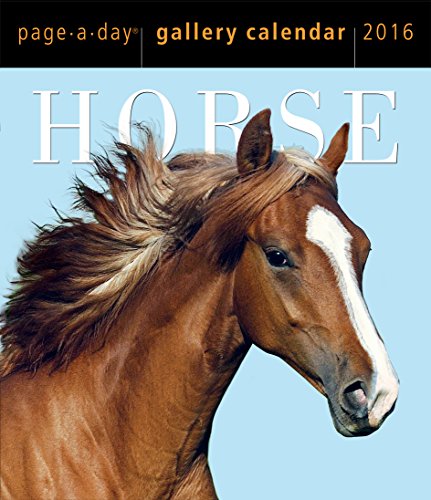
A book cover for Horse Page-A-Day Gallery Calendar 2016; Workman Publishing; Calendars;